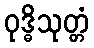
ဝုဒ္ဓိသုတ္တံ